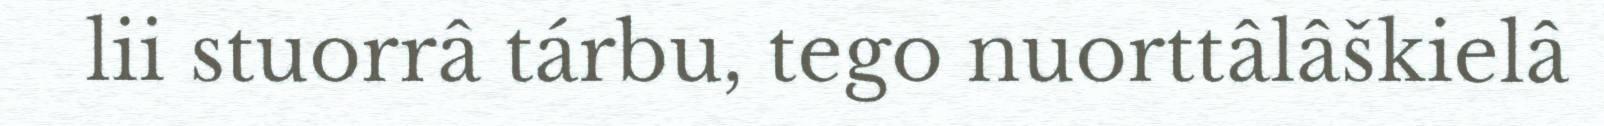
lii stuorrâ tárbu, tego nuorttâlâškielâ